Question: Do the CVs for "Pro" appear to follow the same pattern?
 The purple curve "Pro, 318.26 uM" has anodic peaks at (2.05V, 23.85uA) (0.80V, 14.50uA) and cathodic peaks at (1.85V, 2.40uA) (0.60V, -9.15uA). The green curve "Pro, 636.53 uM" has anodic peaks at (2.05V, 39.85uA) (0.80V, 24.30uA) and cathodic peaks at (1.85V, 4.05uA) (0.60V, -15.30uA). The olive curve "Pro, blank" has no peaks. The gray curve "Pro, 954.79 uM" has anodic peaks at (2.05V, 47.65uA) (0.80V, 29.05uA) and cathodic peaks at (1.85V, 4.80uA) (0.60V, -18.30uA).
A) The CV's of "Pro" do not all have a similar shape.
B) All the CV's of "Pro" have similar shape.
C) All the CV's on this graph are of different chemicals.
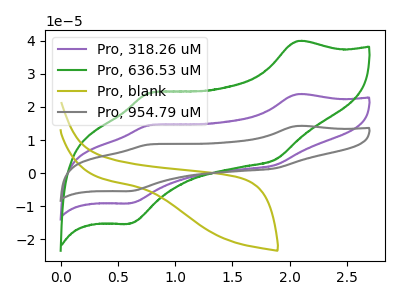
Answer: <think>All the peaks in "Pro, 318.26 uM" have a peak in "Pro, 636.53 uM" at the same potential. "Pro, 318.26 uM" and "Pro, blank" have a different number of peaks. All the peaks in "Pro, 318.26 uM" have a peak in "Pro, 954.79 uM" at the same potential. "Pro, 636.53 uM" and "Pro, blank" have a different number of peaks. All the peaks in "Pro, 636.53 uM" have a peak in "Pro, 954.79 uM" at the same potential. "Pro, blank" and "Pro, 954.79 uM" have a different number of peaks.
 </think>
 <answer>B) All the CV's of "Pro" have similar shape.</answer>
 <eval>B</eval>